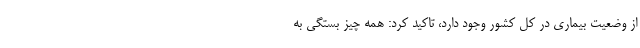
از وضعیت بیماری در کل کشور وجود دارد، تاکید کرد: همه چیز بستگی به